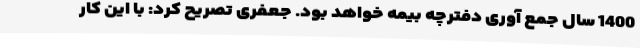
1400 سال جمع آوری دفترچه بیمه خواهد بود. جعفری تصریح کرد: با این کار